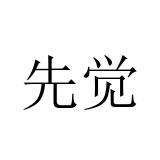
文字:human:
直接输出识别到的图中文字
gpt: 先觉